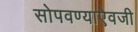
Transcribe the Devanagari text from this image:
सोपवण्याऐवजी